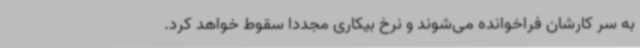
به سر کارشان فراخوانده می‌شوند و نرخ بیکاری مجددا سقوط خواهد کرد.